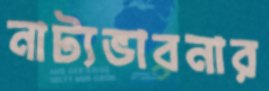
নাট্যভাবনার